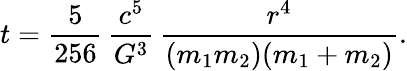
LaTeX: t={\frac{5}{256}}\, {\frac{c^{5}}{G^{3}}}\, {\frac{r^{4}}{(m_{1}m_{2})(m_{1}+m_{2})}}.